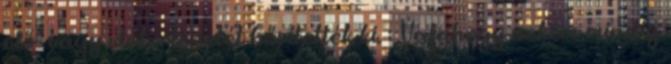
elő- vagy utótörténetét bővítették ki. : Valahogy nekem mindig